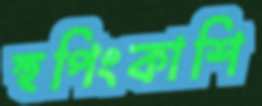
হুপিংকাশি